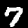
Label: 7